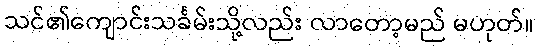
သင်၏ကျောင်းသင်္ခမ်းသို့လည်း လာတော့မည် မဟုတ်။